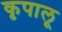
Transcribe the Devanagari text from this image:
कृपालू